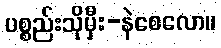
ပစ္စည်းသိုမှီး-နဲစေလော။